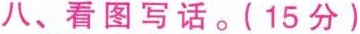
八、看图写话。（15分）